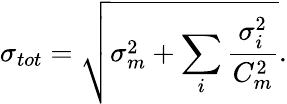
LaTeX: \sigma_{tot}=\sqrt{\sigma_{m}^{2}+\sum_{i}{\frac{\sigma_{i}^{2}}{C_{m}^{2}}}}.